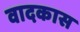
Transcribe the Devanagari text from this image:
वादकास